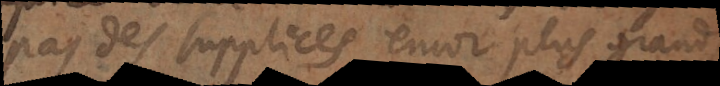
pas des supplices encor plus grands